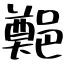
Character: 𨞀